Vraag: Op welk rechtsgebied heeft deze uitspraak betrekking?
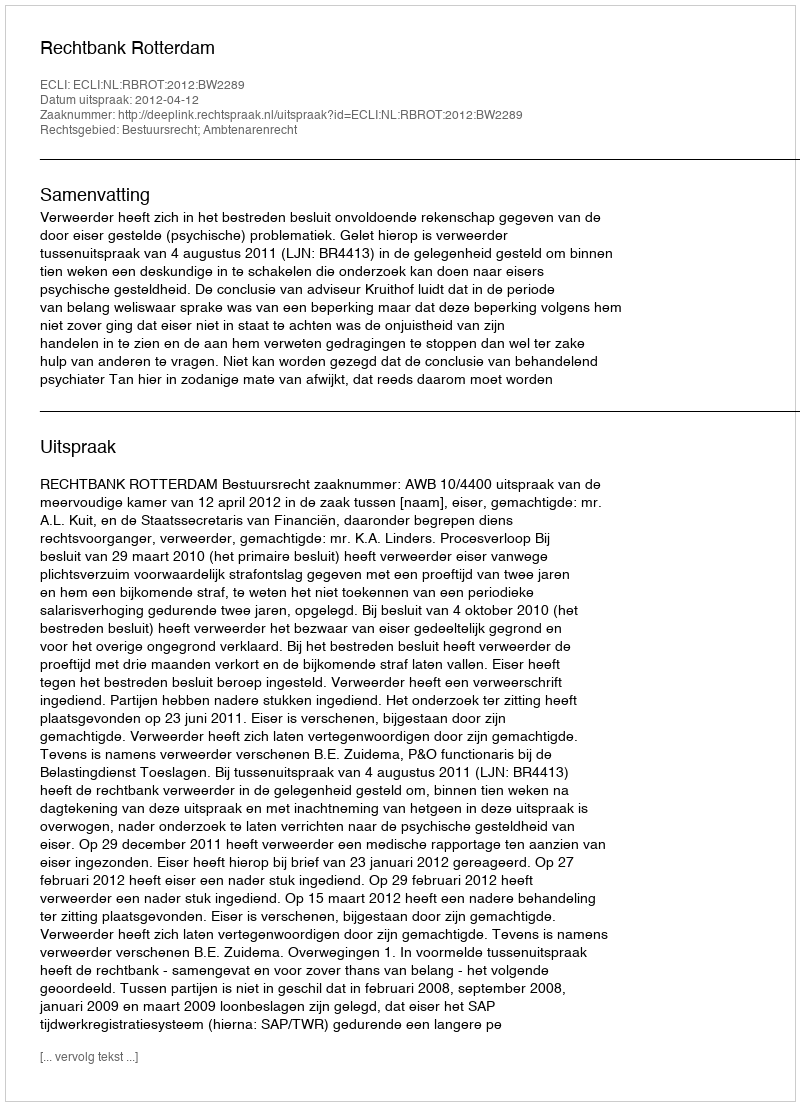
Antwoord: Bestuursrecht; Ambtenarenrecht